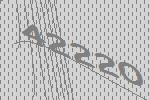
42220